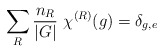
\begin{align*}\sum_R {n_R\over |G|} ~\chi^{(R)}(g)=\delta_{g,e}\end{align*}